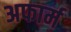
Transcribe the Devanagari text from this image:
अफार्म